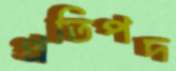
প্রতিপদ